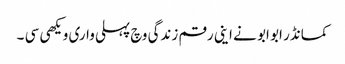
کمانڈر ابو ابو نے اینی رقم زندگی وچ پہلی واری ویکھی سی ۔